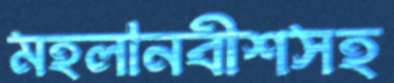
মহলানবীশসহ